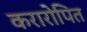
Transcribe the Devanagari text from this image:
करारोपित